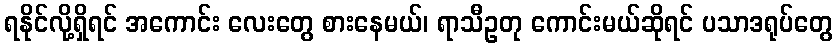
ရနိုင်လို့ရှိရင် အကောင်း လေးတွေ စားနေမယ်၊ ရာသီဥတု ကောင်းမယ်ဆိုရင် ပသာဒရုပ်တွေ